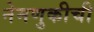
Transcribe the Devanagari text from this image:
नेमणुकीची